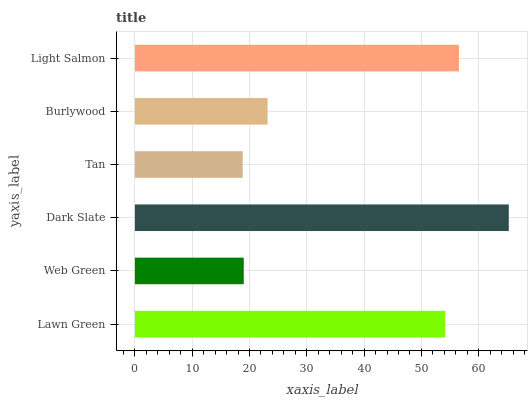
| yaxis_label | bars |
 | --- | --- |
 | Lawn Green | 54.2 |
 | Web Green | 19 |
 | Dark Slate | 65.2 |
 | Tan | 18.8 |
 | Burlywood | 23.2 |
 | Light Salmon | 56.6 |